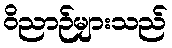
ဝိညာဉ်များသည်